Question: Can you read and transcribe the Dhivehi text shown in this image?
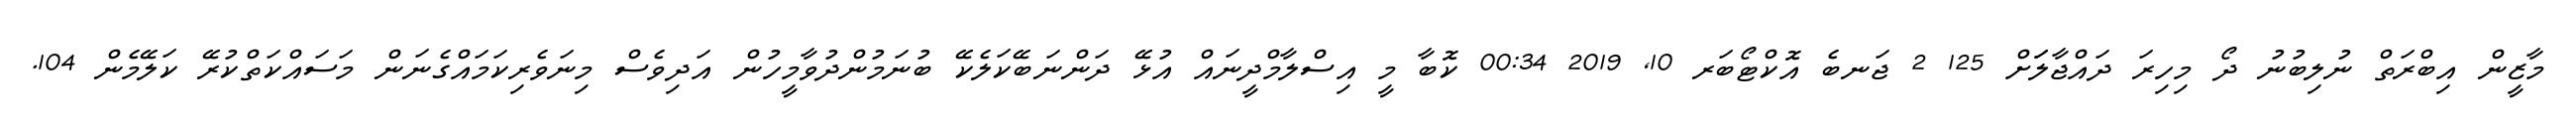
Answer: މާޒީން އިބްރަތް ނުލިބުނު ދޯ މިހިރަ ދައްޖާލަަށް 125 2 ޖަނބެ އޮކްޓޯބަރ 10, 2019 00:34 ކޮބާ މީ އިސްލާމްދީނައް އުޅޭ ދަންނަބޭކަލެކޭ ބުނަމުންދުވާމީހުން އަދިވެސް މިނަވެރިކަމައްގެނަން މަސައްކަތްކުރޭ ކަލޭމެން 104.